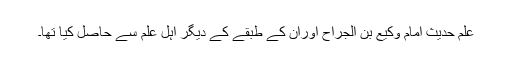
علمِ حدیث امام وکیع بن الجراحؒ اوران کے طبقے کے دیگر اہلِ علم سے حاصل کیا تھا۔